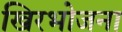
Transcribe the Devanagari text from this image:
खिरभोजना